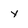
Character: y